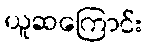
ယူဆကြောင်း